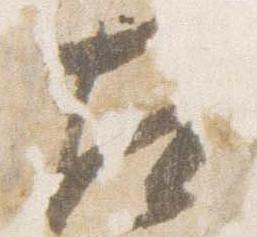
左